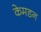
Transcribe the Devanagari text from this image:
केमडन